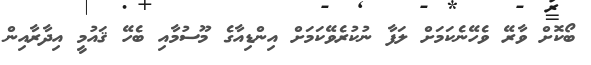
ބޯކޮށް ވާރޭ ވެހޭނެކަމަށް ލަފާ ނުކުރެވޭކަމަށް އިންޑިއާގެ މޫސުމާއި ބެހޭ ޤައުމީ އިދާރާއިން